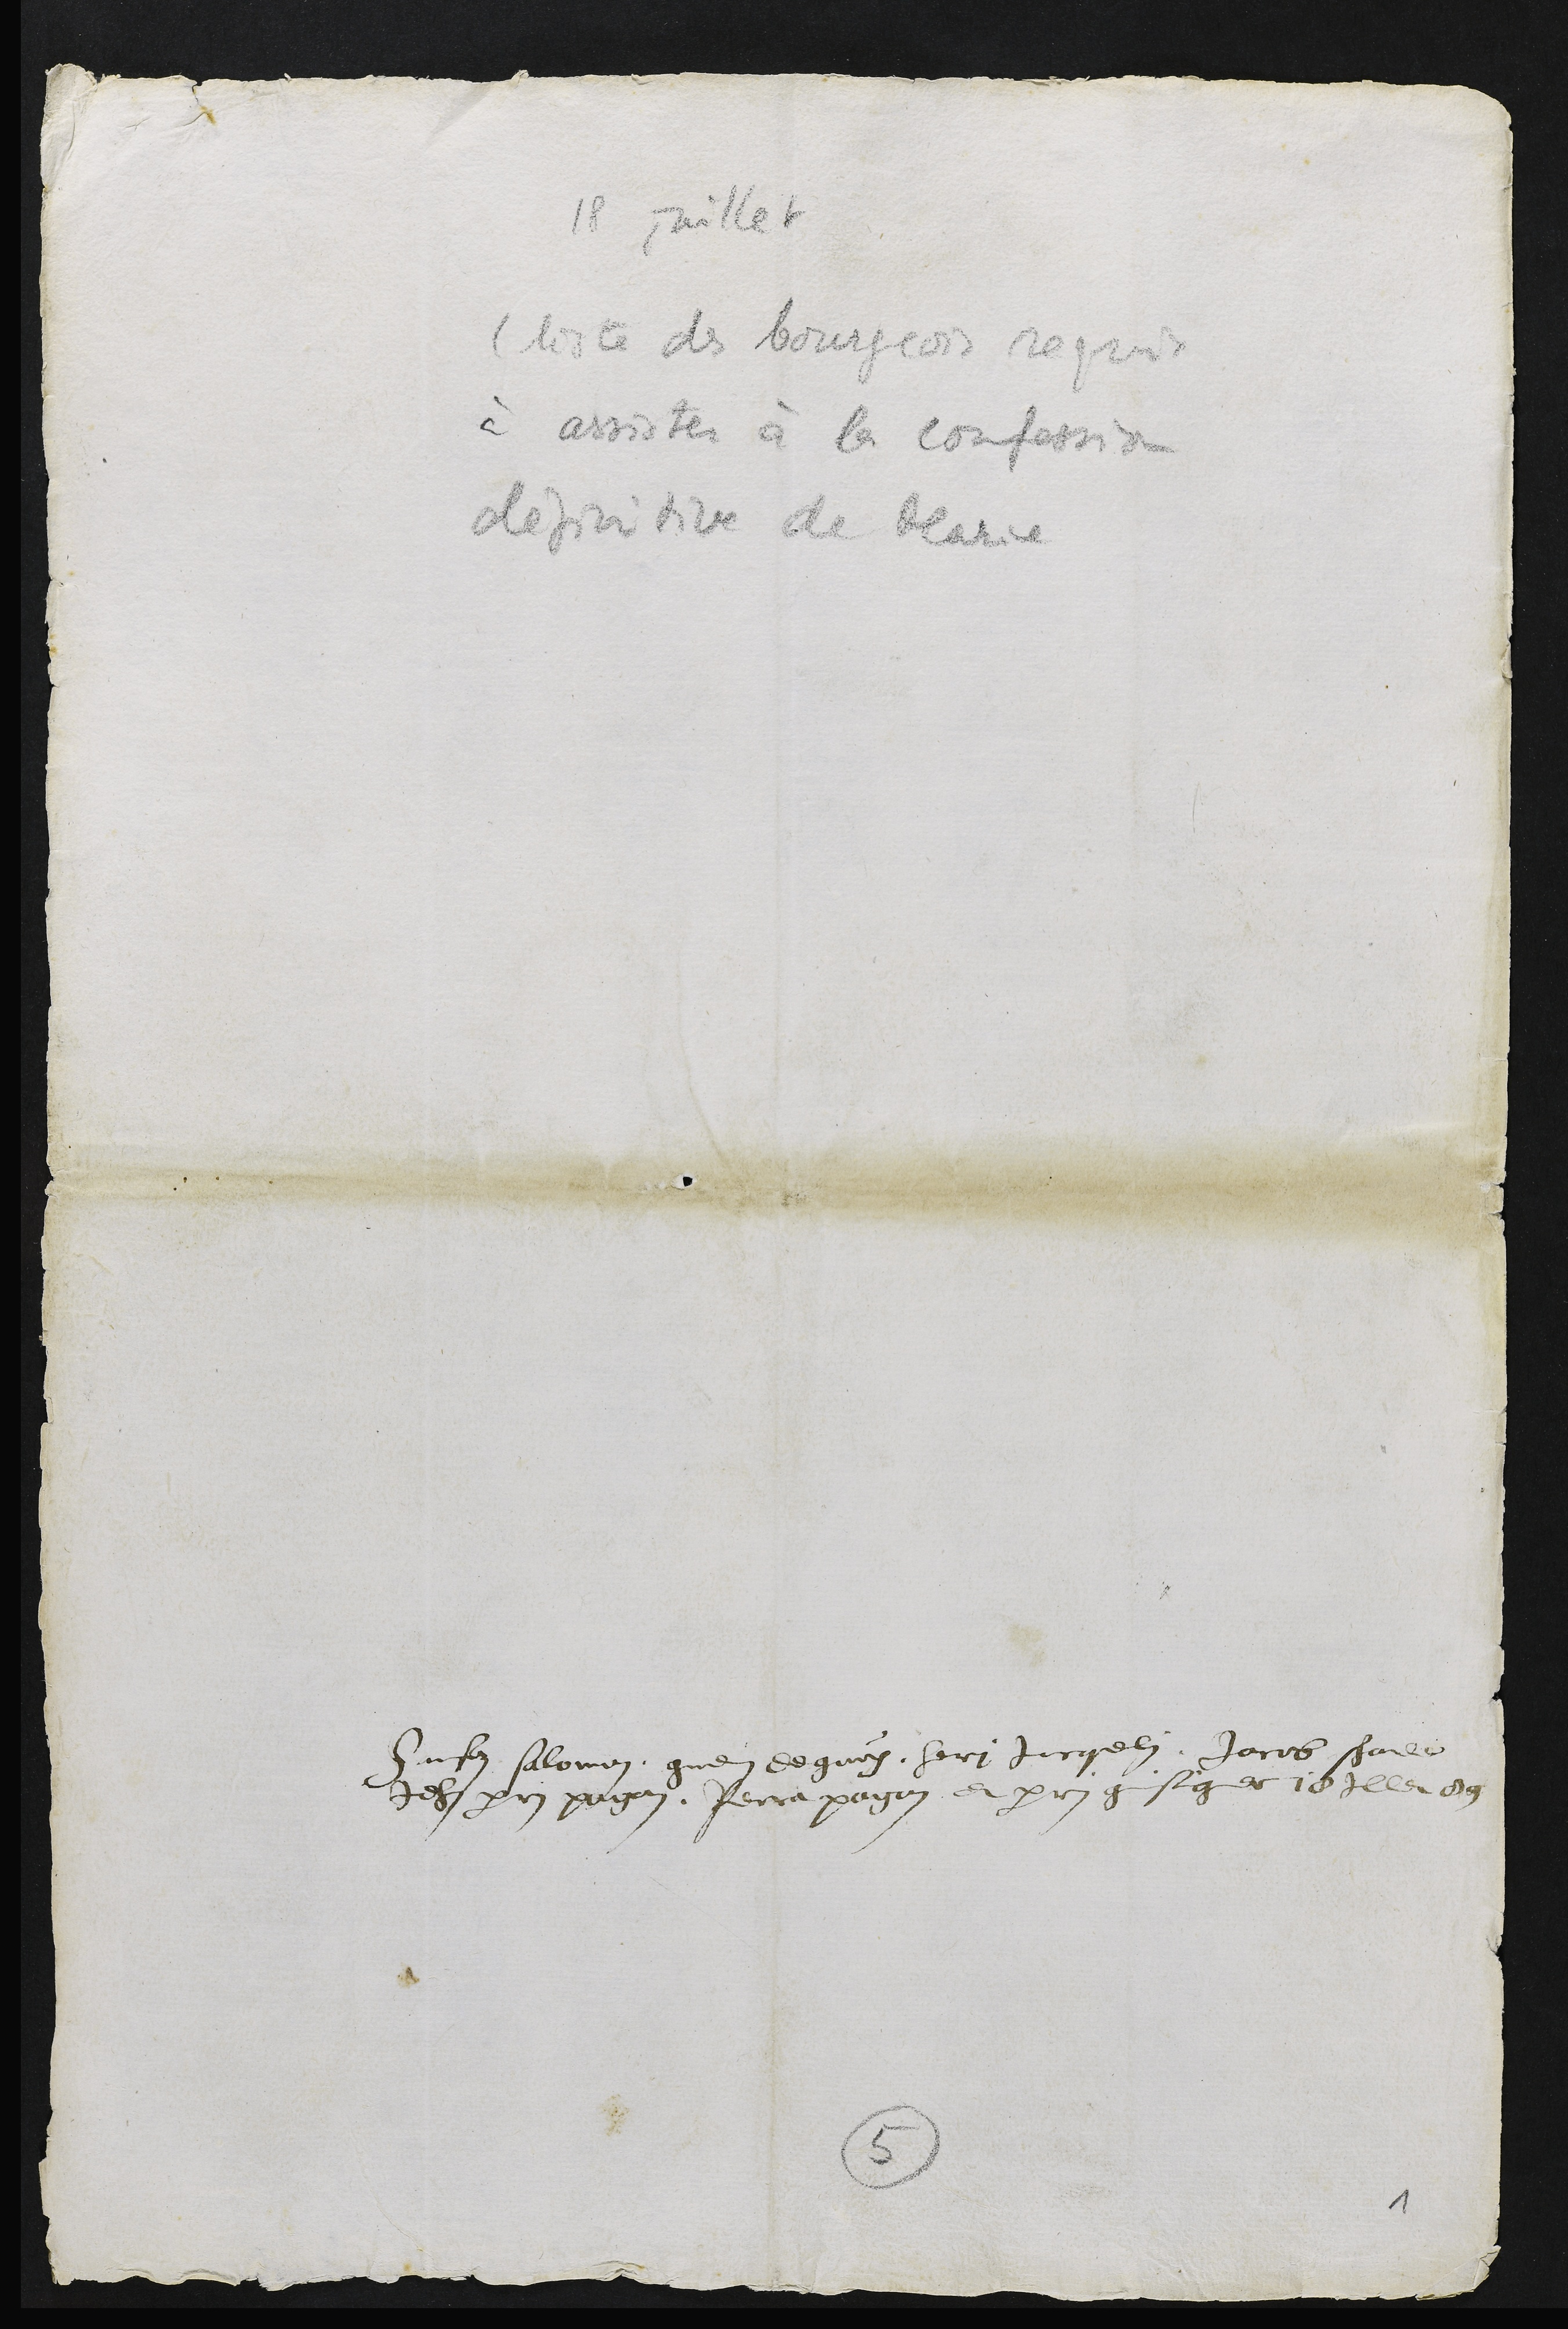
Hansoz Salomon, guenin de gaux, heri Jacquelin, Jacob Schade
Jehan perrin pagan, Perra pagan et perrin guisiguer 18 Juillet 89